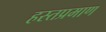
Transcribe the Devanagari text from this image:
हस्तप्रमाण